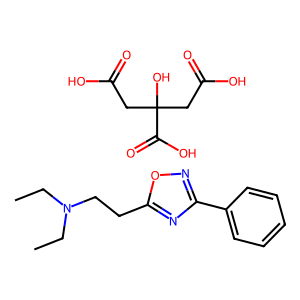
SMILES: CCN(CC)CCc1nc(-c2ccccc2)no1.O=C(O)CC(O)(CC(=O)O)C(=O)O
Inhibits HIV replication: No